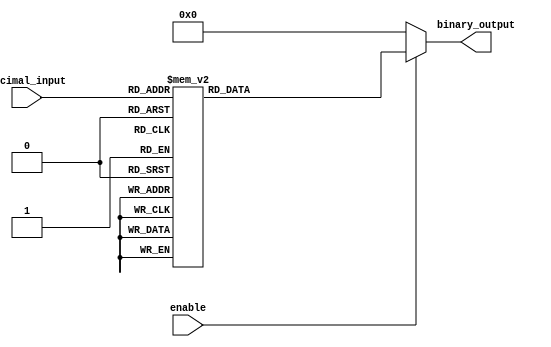
module DecimalToBinaryEncoder (
    input [3:0] decimal_input, // 4-bit decimal input
    input enable,              // Enable signal
    output reg [3:0] binary_output // 4-bit binary output
);

    always @(*) begin
        // Default output
        binary_output = 4'b0000;

        // Check if enable signal is active
        if (enable) begin
            case (decimal_input)
                4'b0000: binary_output = 4'b0000; // 0
                4'b0001: binary_output = 4'b0001; // 1
                4'b0010: binary_output = 4'b0010; // 2
                4'b0011: binary_output = 4'b0011; // 3
                4'b0100: binary_output = 4'b0100; // 4
                4'b0101: binary_output = 4'b0101; // 5
                4'b0110: binary_output = 4'b0110; // 6
                4'b0111: binary_output = 4'b0111; // 7
                4'b1000: binary_output = 4'b1000; // 8
                4'b1001: binary_output = 4'b1001; // 9
                default: binary_output = 4'b0000; // Invalid input
            endcase
        end
    end

endmodule